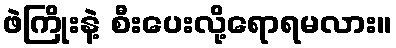
ဖဲကြိုးနဲ့ စီးပေးလို့ရောရမလား။